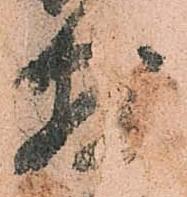
敷